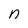
Character: n